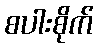
စပါးစိုက်